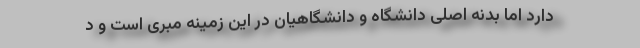
دارد اما بدنه اصلی دانشگاه و دانشگاهیان در این زمینه مبری است و د